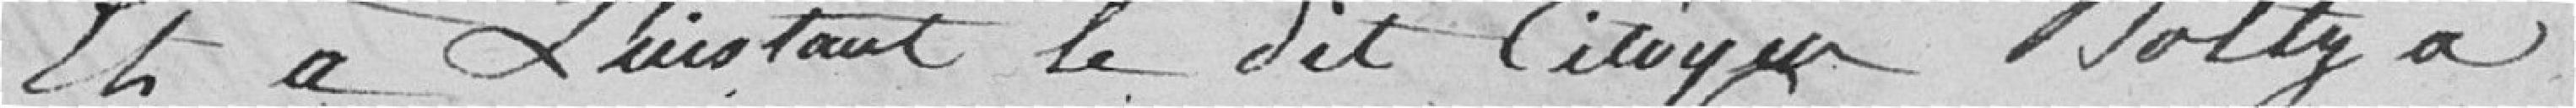
Et à l'instant le dit citoyen Boltz a